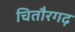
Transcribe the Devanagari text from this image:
चितौरगढ़